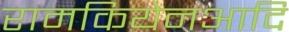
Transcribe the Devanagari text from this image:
रामकियेनआदि